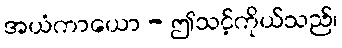
အယံကာယော - ဤသင့်ကိုယ်သည်၊